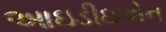
આઇડીઇએન